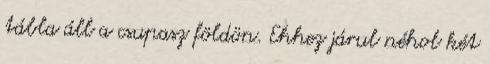
tábla áll a csupasz földön. Ehhez járul néhol két